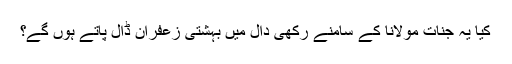
کیا یہ جنات مولانا کے سامنے رکھی دال میں بہشتی زعفران ڈال پاتے ہوں گے؟